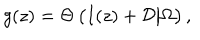
g ( z ) = \Theta \left( I ( z ) + { \cal D } \big | \Omega \right) ,